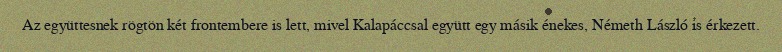
Az együttesnek rögtön két frontembere is lett, mivel Kalapáccsal együtt egy másik énekes, Németh László is érkezett.